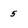
Character: 5